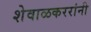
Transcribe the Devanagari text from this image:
शेवाळकररांनी